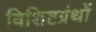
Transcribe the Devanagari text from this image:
विशिष्टग्रंथों